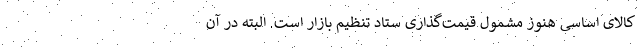
کالای اساسی هنوز مشمول قیمت‌گذاری ستاد تنظیم بازار است. البته در آن